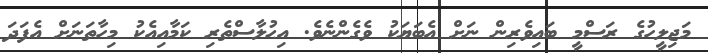
މަޖިލީހުގެ ރަސްމީ ބައިވެރިން ނަށް އެބަޔަކު ވެގެންނެވެ. އިޙުލާސްތެރި ކަމާއިއެކު މިހާތަނަށް އެފަދަ